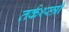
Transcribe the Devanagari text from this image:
तर्कश्स्त्री